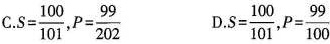
C.$$S = \frac {1 0 0 } {1 0 1 }$$,$$P = \frac { 9 9 } { 2 0 2 }$$ D.$$S = \frac { 1 0 0 } {1 0 1 }$$,$$P = \frac { 9 9 } { 1 0 0 }$$